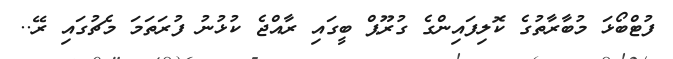
ފުޓްބޯޅަ މުބާރާތުގެ ކޮލިފައިންގެ ގުރޫޕް ބީގައި ރާއްޖެ ކުޅުނު ފުރަތަމަ މެޗުގައި ރޭ..